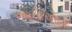
આઈપીએલના